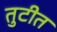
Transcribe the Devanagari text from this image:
तुटीत